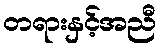
တရားနှင့်အညီ